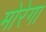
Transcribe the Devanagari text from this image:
मोरेगा